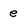
Character: e